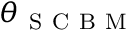
\boldsymbol { \theta } _ { \mathrm { ~ S ~ C ~ B ~ M ~ } }